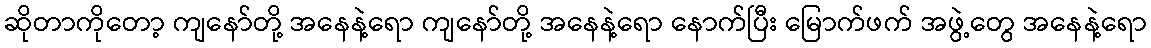
ဆိုတာကိုတော့ ကျနော်တို့ အနေနဲ့ရော ကျနော်တို့ အနေနဲ့ရော နောက်ပြီး မြောက်ဖက် အဖွဲ့တွေ အနေနဲ့ရော